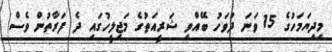
މިދިޔަމަހުގެ 15 ވަނަ ދުވަހު ބޭއްވި ޝަރީއަތުގެ މަޖިލީހުގައި ދެ ފަރާތުން ވެސް